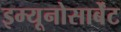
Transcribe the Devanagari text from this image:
इम्यूनोसार्बेंट